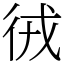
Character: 㣝